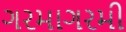
ગરમાગરમી